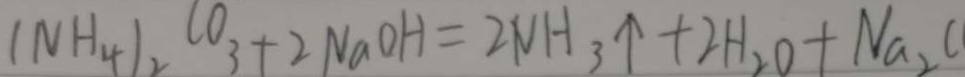
( N H _ { 4 } ) _ { 2 } C O _ { 3 } + 2 N a O H = 2 N H _ { 3 } \uparrow + 2 H _ { 2 } O + N a _ { 2 } O